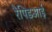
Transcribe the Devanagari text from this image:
रैपिडआई